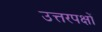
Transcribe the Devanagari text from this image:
उत्तरपक्षों